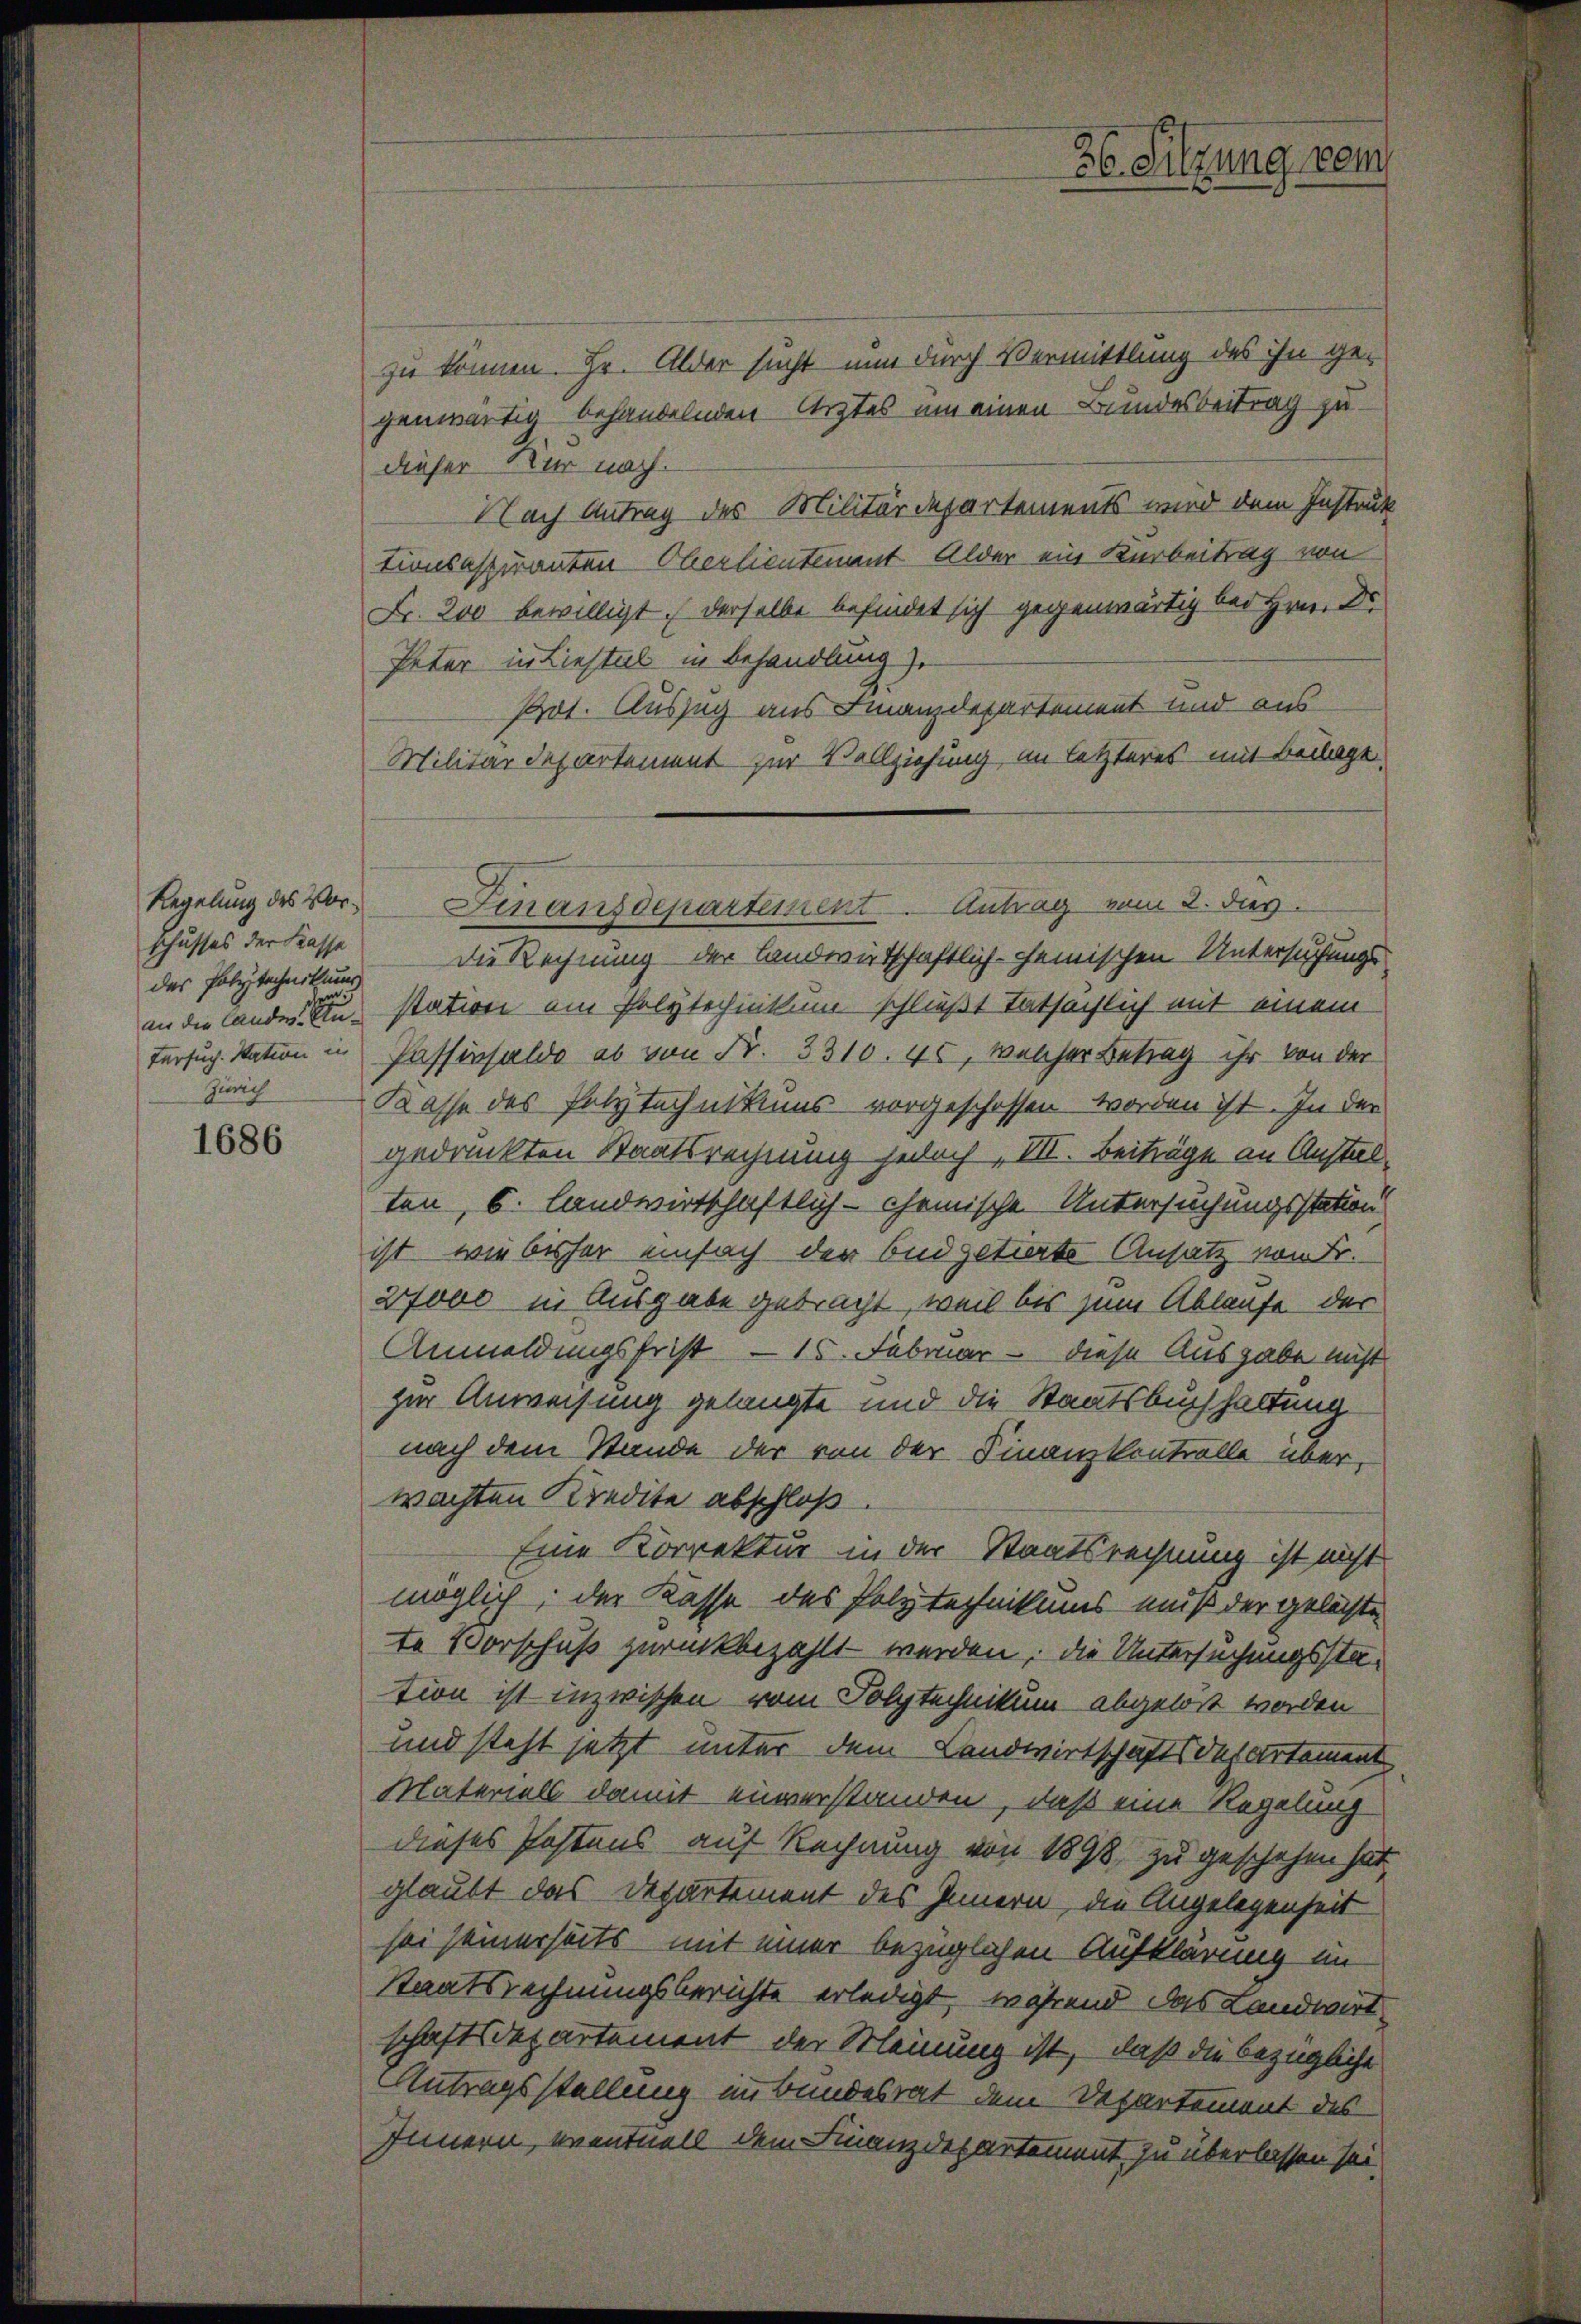
Regelung des Vorschusses der Kasse
des Polytechnikums
u
tersuch. Station in
Zürich

1686

zu können. Hr. Alder sucht nun durch Vermittlung des ihn gegenwärtig behandelnden Arztes um einen Bundesbeitrag zudieser Kur nach.
Nach Antrag des Militärdepartements wird dem Instruk
tionsaspiranten Oberlientement Alder ein Karbeitrag von
Fr. 200 bewilligt, derselbe befindet sich gegenwärtig bei Hrn. Dr.
Peter in Liestel in Behandlung).
Pot. Auszug aus Finanzdepartement und aus
Militärdepartement zur Vollziehung im letzteres mit Beilage
Finanzdepartement. Antrag vom 2. dies
Die Rechnung der Landwirtschaftlich-cheinischen Untersuchungs
in die Landen station am Polytechnikum schließt tatsächlich mit einem
Passivsaldo es von Fr. 3310. 45, welcher Betrag ihr von der
Kasse des Polytechnikums vorgeschossen worden ist. In der
gedruckten Staatsrechnung jedoch, VII. Beiträge an Anstalten, 6. Landwirtschaftlich - chemische Untersuchungsstation
ist, wie bisher einfach der Budgetierte Ansatz von Fr.
27000 in Ausgabe gebracht, weil bis zum Ablaufe der
Anmeldungsfrist - 15. Februar – diese Ausgabe nicht
zur Anweisung gelangte und die Staatsbuchhaltung
nach dem Stande der von der Finanzkontrolle über,
wachten Kredite abschloß
Eine Korrektur in der Staatsrechnung ist nicht
möglich; der Kasse des Polytechnikums muß der gelächte
te Vorschuß zurückbezahlt werden; die Untersuchungsstation ist inzwischen vom Polytechnikum abgelöst worden.
und steht jetzt unter dem Landwirtschaftsdepartement
Materiell damit einverstanden, daß eine Regelung
dieses Postens auf Rechnung von 1898, zu geschehen hat,
glaubt das Departement des Innern, die Angelegenheit
sei seinerseits mit einer bezüglichen Aufklärung in
Staatsrechnungsberichte erledigt, während das Landwirtschaftsdepartement der Meinung ist, daß die bezügliche
Antragsstellung inbundesrat dem Departement des
Innern, eventuell dem Finanzdepartement zu überlassen sei.

26. Sitzung vom